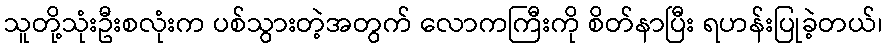
သူတို့သုံးဦးစလုံးက ပစ်သွားတဲ့အတွက် လောကကြီးကို စိတ်နာပြီး ရဟန်းပြုခဲ့တယ်၊